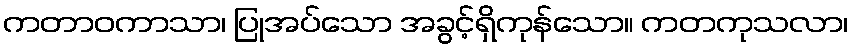
ကတာဝကာသာ၊ ပြုအပ်သော အခွင့်ရှိကုန်သော။ ကတကုသလာ၊